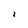
Character: i